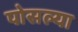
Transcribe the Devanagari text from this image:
पोसल्या